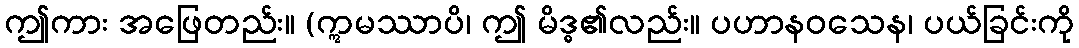
ဤကား အဖြေတည်း။ (ဣမဿာပိ၊ ဤ မိဒ္ဓ၏လည်း။ ပဟာနဝသေန၊ ပယ်ခြင်းကို